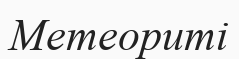
Метеориті